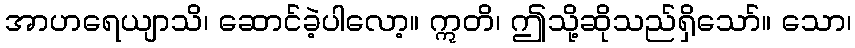
အာဟရေယျာသိ၊ ဆောင်ခဲ့ပါလော့။ ဣတိ၊ ဤသို့ဆိုသည်ရှိသော်။ သော၊